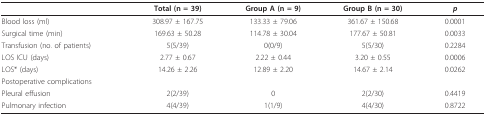
<table><thead><tr><td></td><td><b>Total (n = 39)</b></td><td><b>Group A (n = 9)</b></td><td><b>Group B (n = 30)</b></td><td><b><i>p</i></b></td></tr></thead><tbody><tr><td>Blood loss (ml)</td><td>308.97 ± 167.75</td><td>133.33 ± 79.06</td><td>361.67 ± 150.68</td><td>0.0001</td></tr><tr><td>Surgical time (min)</td><td>169.63 ± 50.28</td><td>114.78 ± 30.04</td><td>177.67 ± 50.81</td><td>0.0033</td></tr><tr><td>Transfusion (no. of patients)</td><td>5(5/39)</td><td>0(0/9)</td><td>5(5/30)</td><td>0.2284</td></tr><tr><td>LOS ICU (days)</td><td>2.77 ± 0.67</td><td>2.22 ± 0.44</td><td>3.20 ± 0.55</td><td>0.0006</td></tr><tr><td>LOS* (days)</td><td>14.26 ± 2.26</td><td>12.89 ± 2.20</td><td>14.67 ± 2.14</td><td>0.0262</td></tr><tr><td>Postoperative complications</td><td></td><td></td><td></td><td></td></tr><tr><td>Pleural effusion</td><td>2(2/39)</td><td>0</td><td>2(2/30)</td><td>0.4419</td></tr><tr><td>Pulmonary infection</td><td>4(4/39)</td><td>1(1/9)</td><td>4(4/30)</td><td>0.8722</td></tr></tbody></table>